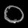
Digit: ၀